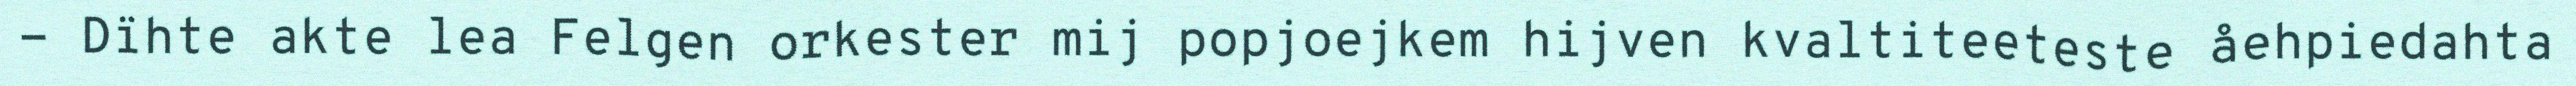
- Dïhte akte lea Felgen orkester mij popjoejkem hijven kvaltiteeteste åehpiedahta